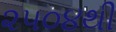
૨૫૦૪થી